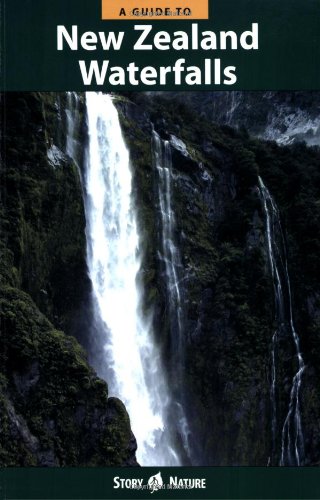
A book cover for A Guide to New Zealand Waterfalls; Johnny T. Cheng; Travel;